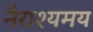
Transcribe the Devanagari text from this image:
नैराश्यमय